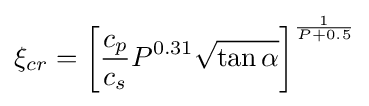
\xi _{cr}=\left[{\frac {c_{p}}{c_{s}}}P^{0.31}{\sqrt {\tan \alpha }}\right]^{\frac {1}{P+0.5}}